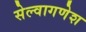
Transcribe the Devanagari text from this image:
सेल्वागणेश